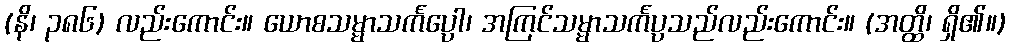
(နိ၊ ၃၈၆) လည်းကောင်း။ ယောစသမ္မာသင်္ကပ္ပေါ၊ အကြင်သမ္မာသင်္ကပ္ပသည်လည်းကောင်း။ (အတ္ထိ၊ ရှိ၏။)